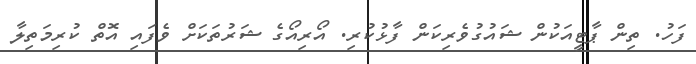
ފަހު. ތިން ޕާޓީއަކުން ޝައުގުވެރިކަން ފާޅުކުރި. އޯރިއޯގެ ޝަރުތަކަށް ވެފައި އޮތް ކުރިމަތިލާ